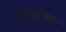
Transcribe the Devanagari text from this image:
ठिठुरकर